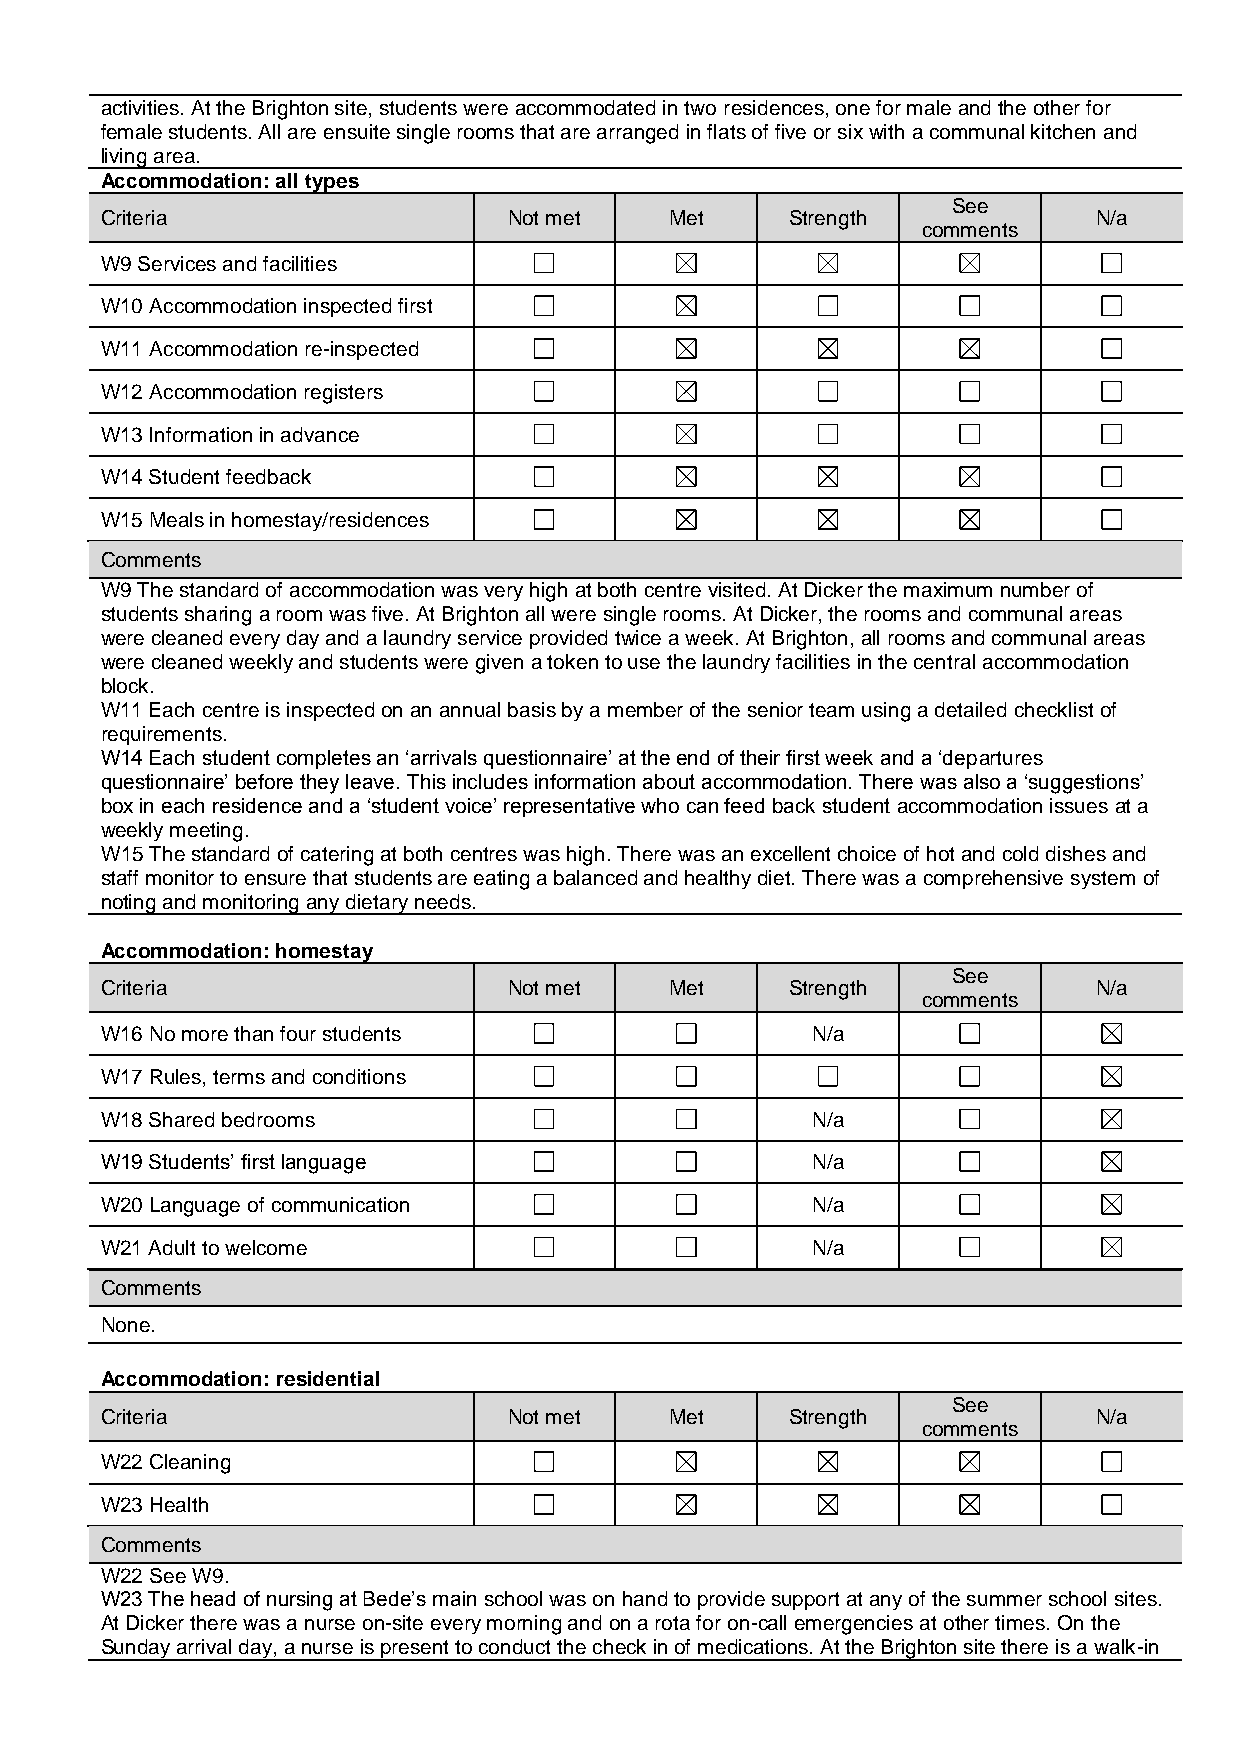
activities. At the Brighton site, students were accommodated in two residences, one for male and the other for
 female students. All are ensuite single rooms that are arranged in flats of five or six with a communal kitchen and
 living area.
 Accommodation: all types
 See
 Criteria                   Not met   Met     Strength            N/a
 comments
 W9 Services and facilities
 W10 Accommodation inspected first
 W11 Accommodation re-inspected
 W12 Accommodation registers
 W13 Information in advance
 W14 Student feedback
 W15 Meals in homestay/residences
 Comments
 W9 The standard of accommodation was very high at both centre visited. At Dicker the maximum number of
 students sharing a room was five. At Brighton all were single rooms. At Dicker, the rooms and communal areas
 were cleaned every day and a laundry service provided twice a week. At Brighton, all rooms and communal areas
 were cleaned weekly and students were given a token to use the laundry facilities in the central accommodation
 block.
 W11 Each centre is inspected on an annual basis by a member of the senior team using a detailed checklist of
 requirements.
 W14 Each student completes an ‘arrivals questionnaire’ at the end of their first week and a ‘departures
 questionnaire’ before they leave. This includes information about accommodation. There was also a ‘suggestions’
 box in each residence and a ‘student voice’ representative who can feed back student accommodation issues at a
 weekly meeting.
 W15 The standard of catering at both centres was high. There was an excellent choice of hot and cold dishes and
 staff monitor to ensure that students are eating a balanced and healthy diet. There was a comprehensive system of
 noting and monitoring any dietary needs.
 Accommodation: homestay
 See
 Criteria                   Not met   Met     Strength            N/a
 comments
 W16 No more than four students                 N/a
 W17 Rules, terms and conditions
 W18 Shared bedrooms                            N/a
 W19 Students’ first language                   N/a
 W20 Language of communication                  N/a
 W21 Adult to welcome                           N/a
 Comments
 None.
 Accommodation: residential
 See
 Criteria                   Not met   Met     Strength            N/a
 comments
 W22 Cleaning
 W23 Health
 Comments
 W22 See W9.
 W23 The head of nursing at Bede’s main school was on hand to provide support at any of the summer school sites.
 At Dicker there was a nurse on-site every morning and on a rota for on-call emergencies at other times. On the
 Sunday arrival day, a nurse is present to conduct the check in of medications. At the Brighton site there is a walk-in